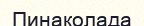
Пинаколада